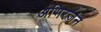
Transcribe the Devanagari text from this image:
अभिरजंन